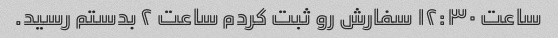
ساعت ۱۲:۳۰ سفارش رو ثبت کردم ساعت ۲ بدستم رسید.